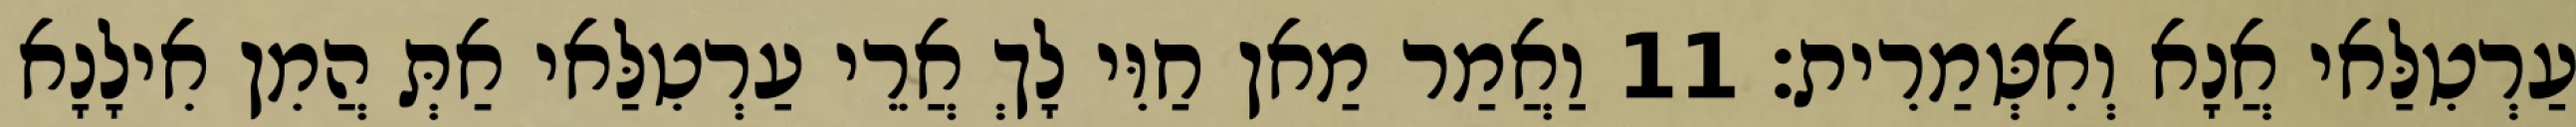
עַרְטִלַּאי אֲנָא וְאִטְּמַרִית׃ 11 וַאֲמַר מַאן חַוִּי לָךְ אֲרֵי עַרְטִלַּאי אַתְּ הֲמִן אִילָנָא